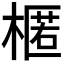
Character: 𣘗